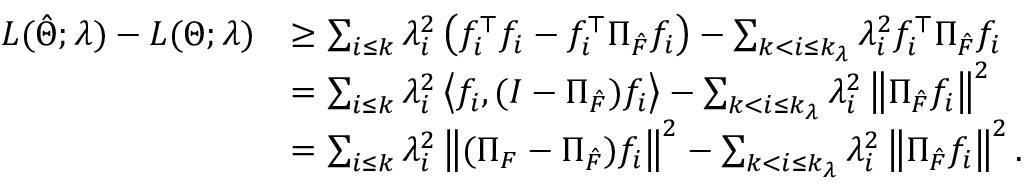
\begin{array} { r l } { { \cal L } ( \hat { \Theta } ; \lambda ) - { \cal L } ( \Theta ; \lambda ) } & { \geq \sum _ { i \leq k } \lambda _ { i } ^ { 2 } \left( f _ { i } ^ { \top } f _ { i } - f _ { i } ^ { \top } \Pi _ { \hat { \cal F } } f _ { i } \right) - \sum _ { k < i \leq k _ { \lambda } } \lambda _ { i } ^ { 2 } f _ { i } ^ { \top } \Pi _ { \hat { \cal F } } f _ { i } } \\ & { = \sum _ { i \leq k } \lambda _ { i } ^ { 2 } \left\langle f _ { i } , ( I - \Pi _ { \hat { \cal F } } ) f _ { i } \right\rangle - \sum _ { k < i \leq k _ { \lambda } } \lambda _ { i } ^ { 2 } \left\| \Pi _ { \hat { \cal F } } f _ { i } \right\| ^ { 2 } } \\ & { = \sum _ { i \leq k } \lambda _ { i } ^ { 2 } \left\| ( \Pi _ { \cal F } - \Pi _ { \hat { \cal F } } ) f _ { i } \right\| ^ { 2 } - \sum _ { k < i \leq k _ { \lambda } } \lambda _ { i } ^ { 2 } \left\| \Pi _ { \hat { \cal F } } f _ { i } \right\| ^ { 2 } . } \end{array}